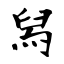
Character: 舄